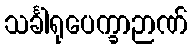
သင်္ခါရုပေက္ခာဉာဏ်